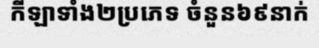
កីឡាទាំង២ប្រភេទ ចំនួន៦៩នាក់